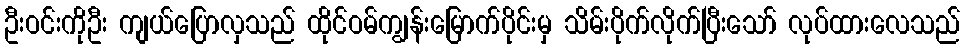
ဦးဝင်းကိုဦး ကျယ်ပြောလှသည် ထိုင်ဝမ်ကျွန်းမြောက်ပိုင်းမှ သိမ်းပိုက်လိုက်ပြီးသော် လုပ်ထားလေသည်